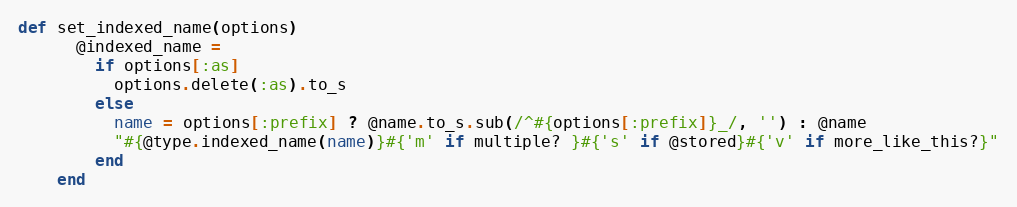
Language: Ruby
def set_indexed_name(options)
      @indexed_name =
        if options[:as]
          options.delete(:as).to_s
        else
          name = options[:prefix] ? @name.to_s.sub(/^#{options[:prefix]}_/, '') : @name
          "#{@type.indexed_name(name)}#{'m' if multiple? }#{'s' if @stored}#{'v' if more_like_this?}"
        end
    end